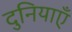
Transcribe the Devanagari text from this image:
दुनियाएँ